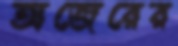
অজেরের